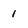
Character: 1